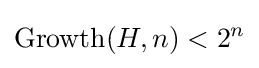
\operatorname {Growth} (H,n)<2^{n}